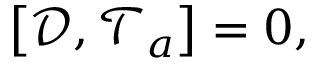
\left[ \mathcal { D } , \mathcal { T } _ { a } \right] = 0 ,